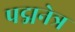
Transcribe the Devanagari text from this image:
पद्मनेत्र